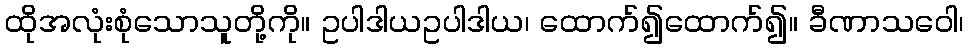
ထိုအလုံးစုံသောသူတို့ကို။ ဥပါဒါယဥပါဒါယ၊ ထောက်၍ထောက်၍။ ခီဏာသဝေါ၊